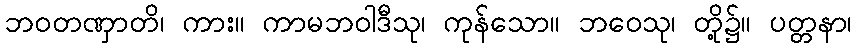
ဘဝတဏှာတိ၊ ကား။ ကာမဘဝါဒီသု၊ ကုန်သော။ ဘဝေသု၊ တို့၌။ ပတ္တနာ၊